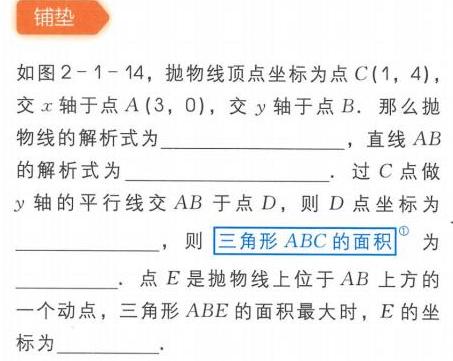
铺垫
如图2 - 1 - 14，抛物线顶点坐标为点\(C(1,4)\)，交\(x\)轴于点\(A(3,0)\)，交\(y\)轴于点\(B\)。那么抛物线的解析式为  ，直线\(AB\)的解析式为  。过\(C\)点做\(y\)轴的平行线交\(AB\)于点\(D\)，则\(D\)点坐标为  ，则\(\boxed{\text{三角形 }ABC\text{ 的面积}^{\textcircled{1}}}\)为  。点\(E\)是抛物线上位于\(AB\)上方的一个动点，三角形\(ABE\)的面积最大时，\(E\)的坐标为  。